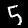
Digit: 5